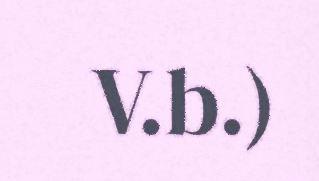
V.b.)